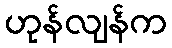
ဟုန်လျန်က